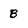
Character: B